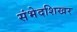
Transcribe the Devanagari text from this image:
संभेदशिखर